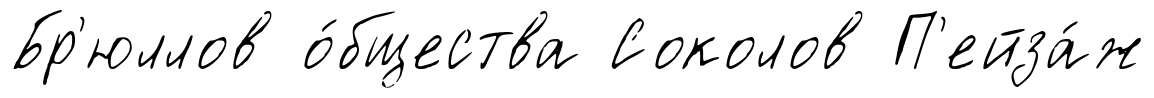
Бр'юллов о́бщества Соколов П'ейза́ж